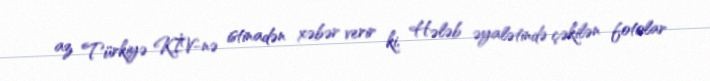
az Türkiyə KİV-nə istinadən xəbər verir ki, Hələb əyalətində çəkilən fotolar